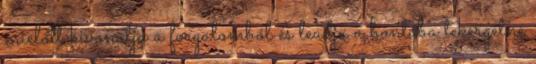
mielőtt kivonatja a forgalomból és leadja a bontóba tekergetné